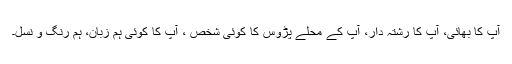
آپ کا بھائی، آپ کا رشتہ دار، آپ کے محلے پڑوس کا کوئی شخص ، آپ کا کوئی ہم زبان، ہم رنگ و نسل۔